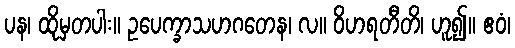
ပန၊ ထိုမှတပါး။ ဥပေက္ခာသဟဂတေန၊ လ။ ဝိဟရတီတိ၊ ဟူ၍။ ဧဝံ၊